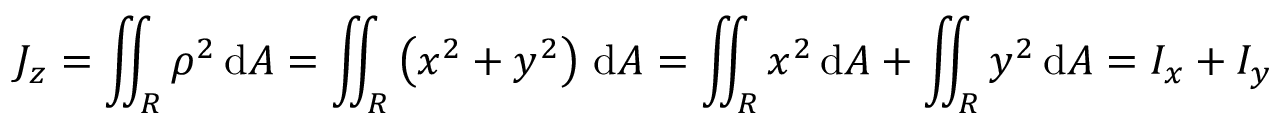
J _ { z } = \iint _ { R } \rho ^ { 2 } \, \mathrm { d } A = \iint _ { R } \left( x ^ { 2 } + y ^ { 2 } \right) \, \mathrm { d } A = \iint _ { R } x ^ { 2 } \, \mathrm { d } A + \iint _ { R } y ^ { 2 } \, \mathrm { d } A = I _ { x } + I _ { y }